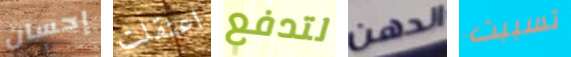
إحسان اعتقلت لتدفع الدهن تسببت